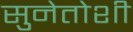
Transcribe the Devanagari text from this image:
सुनेतोशी